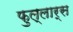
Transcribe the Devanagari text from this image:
फुल्लार्स